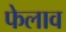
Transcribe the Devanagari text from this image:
फेलाव